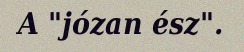
A "józan ész".